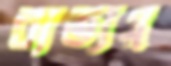
ব্যত্যয়